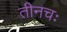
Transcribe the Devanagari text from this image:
तीनचः